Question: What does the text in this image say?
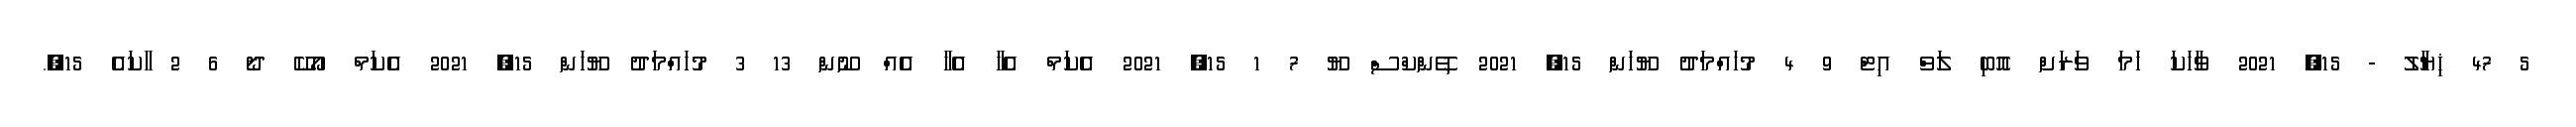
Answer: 5 47 ޚިޔާލު - 15, 2021 ވާހަކަ ހަމަ ވަރަށް އޮބި ލަވް އިޓް 9 4 މުހައްމަދު ޔޫހަން 15, 2021 ތޭންކްސް ޔޫ 7 1 15, 2021 އެކަމް އެހާ އެހާ އެއް ނޫން 13 3 މުހައްމަދު ޔޫހަން 15, 2021 އެކަމް އޯކޭ ދޯ 6 2 ާކައެ 15,.